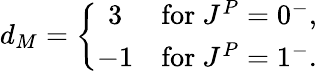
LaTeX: d_{M}=\left\{ \begin{array}{cc}{{3}}&{{\mathrm{for\ }J^{P}=0^{-},}}\\ {{-1}}&{{\mathrm{for\ }J^{P}=1^{-}.}}\end{array}\right.